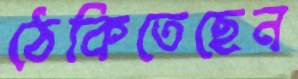
ঠেকিতেছেন